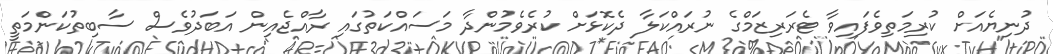
ދުނިޔެއަށް ކުރިމަތިވެފައިވާ ޓެރަރިޒަމްގެ ނުރައްކަލާ ދެކޮޅަށް ކުރެވެމުންދާ މަސައްކަތުގައި ރާއްޖެއިން އަބަދުވެސް ސާބިތުކަންމަތީ